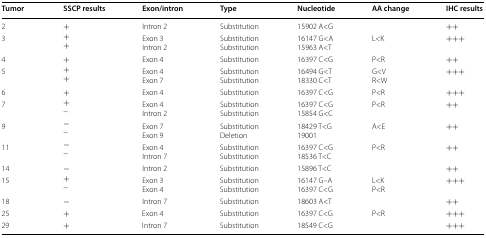
<table><thead><tr><td><b>Tumor</b></td><td><b>SSCP results</b></td><td><b>Exon/intron</b></td><td><b>Type</b></td><td><b>Nucleotide</b></td><td><b>AA change</b></td><td><b>IHC results</b></td></tr></thead><tbody><tr><td>2</td><td>+</td><td>Intron 2</td><td>Substitution</td><td>15902 A&lt;G</td><td></td><td>++</td></tr><tr><td>3</td><td>++</td><td>Exon 3Intron 2</td><td>SubstitutionSubstitution</td><td>16147 G&lt;A15963 A&lt;T</td><td>L&lt;K</td><td>+++</td></tr><tr><td>4</td><td>+</td><td>Exon 4</td><td>Substitution</td><td>16397 C&lt;G</td><td>P&lt;R</td><td>++</td></tr><tr><td>5</td><td>++</td><td>Exon 4Exon 7</td><td>SubstitutionSubstitution</td><td>16494 G&lt;T18330 C&lt;T</td><td>G&lt;VR&lt;W</td><td>+++</td></tr><tr><td>6</td><td>+</td><td>Exon 4</td><td>Substitution</td><td>16397 C&lt;G</td><td>P&lt;R</td><td>+++</td></tr><tr><td>7</td><td>+−</td><td>Exon 4Intron 2</td><td>SubstitutionSubstitution</td><td>16397 C&lt;G15854 G&lt;C</td><td>P&lt;R</td><td>++</td></tr><tr><td>9</td><td>−−</td><td>Exon 7Exon 9</td><td>SubstitutionDeletion</td><td>18429 T&lt;G19001</td><td>A&lt;E</td><td>++</td></tr><tr><td>11</td><td>−−</td><td>Exon 4Intron 7</td><td>SubstitutionSubstitution</td><td>16397 C&lt;G18536 T&lt;C</td><td>P&lt;R</td><td>++</td></tr><tr><td>14</td><td>−</td><td>Intron 2</td><td>Substitution</td><td>15896 T&lt;C</td><td></td><td>++</td></tr><tr><td>15</td><td>+−</td><td>Exon 3Exon 4</td><td>SubstitutionSubstitution</td><td>16147 G–A16397 C&lt;G</td><td>L&lt;KP&lt;R</td><td>+++</td></tr><tr><td>18</td><td>−</td><td>Intron 7</td><td>Substitution</td><td>18603 A&lt;T</td><td></td><td>++</td></tr><tr><td>25</td><td>+</td><td>Exon 4</td><td>Substitution</td><td>16397 C&lt;G</td><td>P&lt;R</td><td>+++</td></tr><tr><td>29</td><td>+</td><td>Intron 7</td><td>Substitution</td><td>18549 C&lt;G</td><td></td><td>+++</td></tr></tbody></table>